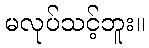
မလုပ်သင့်ဘူး။